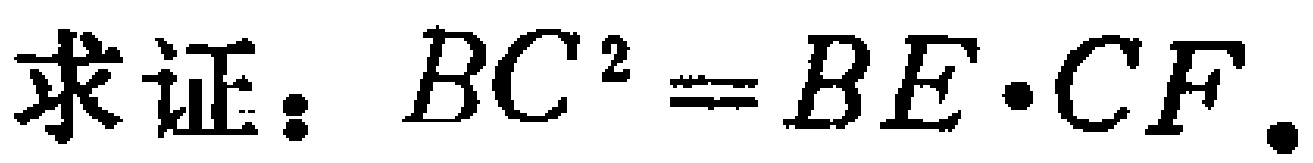
求证：\(BC^{2}=BE\cdot CF\)。